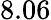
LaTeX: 8.06